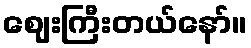
ဈေးကြီးတယ်နော်။